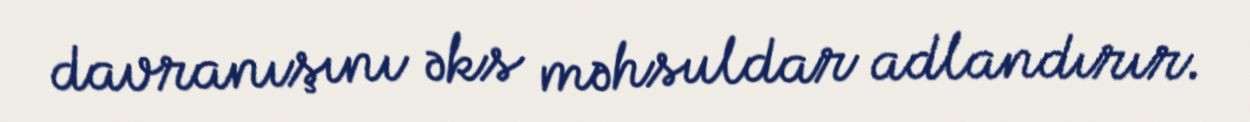
davranışını əks məhsuldar adlandırır.